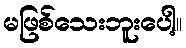
မဖြစ်သေးဘူးပေါ့။